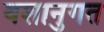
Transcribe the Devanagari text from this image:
वशानुगत